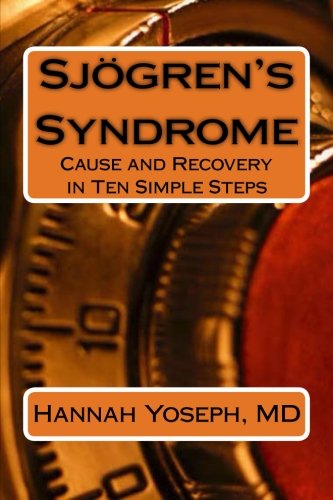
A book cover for Sjogren's Syndrome: Cause and Recovery in Ten Simple Steps; Hannah Yoseph; Health, Fitness & Dieting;